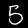
Digit: 5